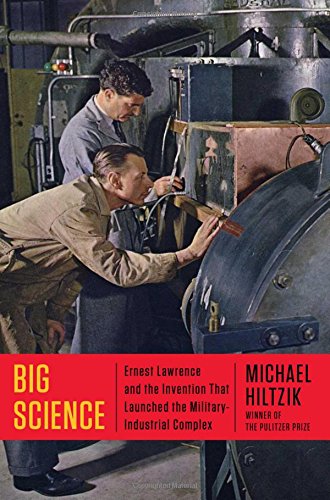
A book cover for Big Science: Ernest Lawrence and the Invention that Launched the Military-Industrial Complex; Michael Hiltzik; Biographies & Memoirs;